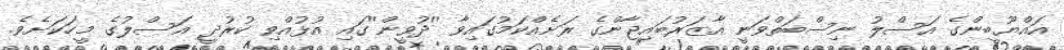
އައްޔޫބީންގެ އަސްލު ނިސްބަތްވަނީ އާޒަރުބައިޖާންގެ ރަށެއްކަމުގައިވާ ''ދުވީން''ގައި އުޅުއްވި ކުރުދީ އަސްލުގެ މީހަކަށެވެ.